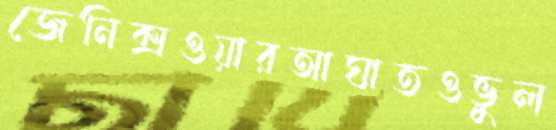
জেনিক্সওয়ারআঘাতওভুল